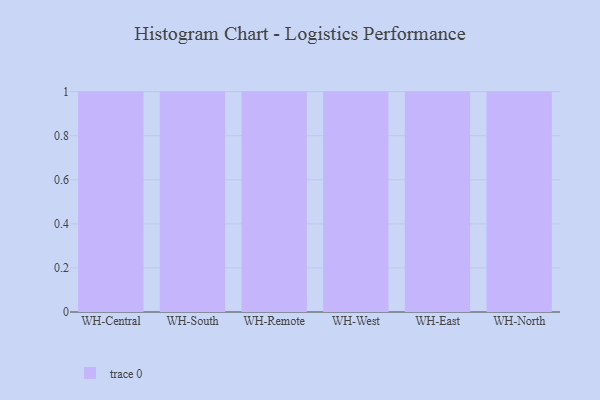
{"axis": {"x": "Warehouse", "y": "Conversion Rate (%)"}, "legend": [""], "data": [{"x": "WH-Central", "y": 70, "type": ""}, {"x": "WH-South", "y": 14, "type": ""}, {"x": "WH-Remote", "y": 60, "type": ""}, {"x": "WH-West", "y": 54, "type": ""}, {"x": "WH-East", "y": 52, "type": ""}, {"x": "WH-North", "y": 4, "type": ""}]}